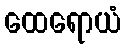
ထေရောယံ